Vaccination United Provinces of Agra and Oudh 1902-1913 - 1902-1913
Year: 1902
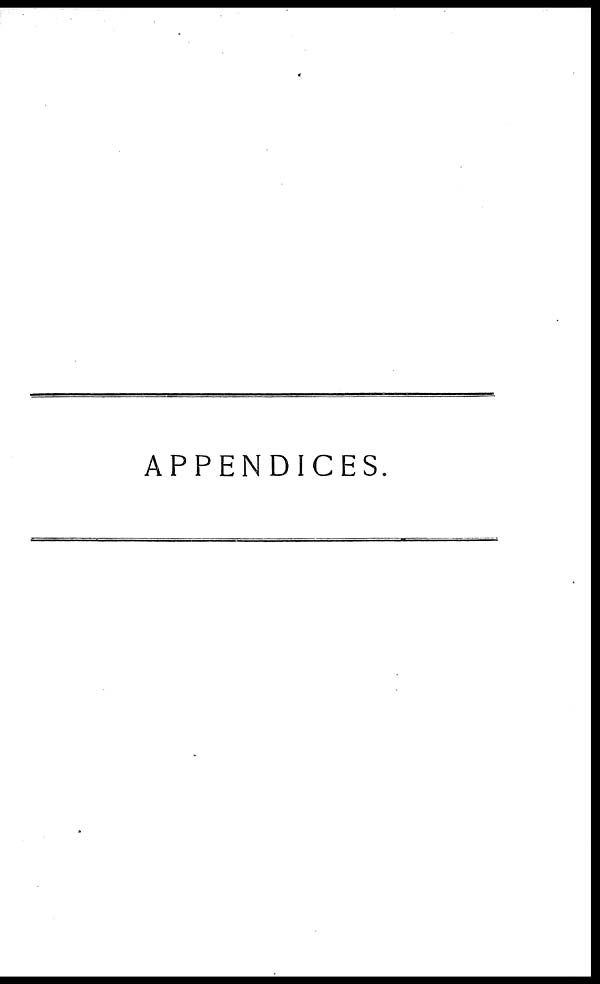
APPENDICES.